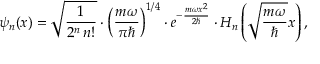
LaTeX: \psi _ { n } ( x ) = { \sqrt { \frac { 1 } { 2 ^ { n } \, n ! } } } \cdot \left( { \frac { m \omega } { \pi \hbar } } \right) ^ { 1 / 4 } \cdot e ^ { - { \frac { m \omega x ^ { 2 } } { 2 \hbar } } } \cdot H _ { n } \left( { \sqrt { \frac { m \omega } { \hbar } } } x \right) , \qquad